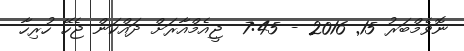
ނޮވެމްބަރު 15